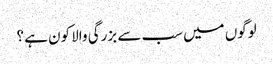
لوگوں میں سب سے بزرگی والا کون ہے ؟